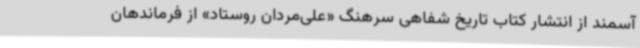
آسمند از انتشار کتاب تاریخ شفاهی سرهنگ «علی‌مردان روستاد» از فرماندهان